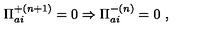
{ \Pi } _ { a i } ^ { + ( n + 1 ) } = 0 \Rightarrow { \Pi } _ { a i } ^ { - ( n ) } = 0 \ ,